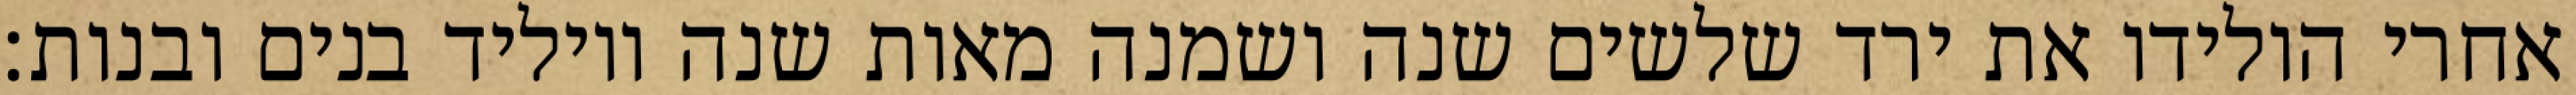
אחרי הולידו את ירד שלשים שנה ושמנה מאות שנה ויוליד בנים ובנות׃